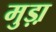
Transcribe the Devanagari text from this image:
मुड़ा़